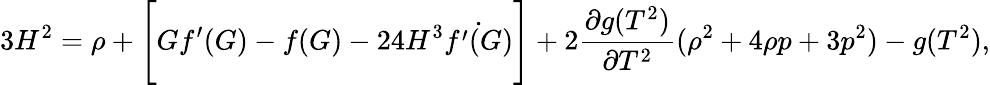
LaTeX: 3H^{2}=\rho+\Bigg[Gf^{\prime}(G)-f(G)-24H^{3}\dot{f^{\prime}(G)}\Bigg]+2\frac{\partial g(T^{2})}{\partial T^{2}}(\rho^{2}+4\rho p+3p^{2})-g(T^{2}),